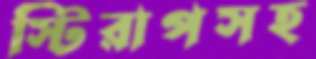
স্টিরাপসহ